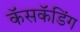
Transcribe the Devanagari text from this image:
कॅसकॅडिंग